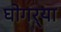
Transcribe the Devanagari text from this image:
घोगर्‍या